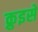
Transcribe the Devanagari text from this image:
क्रुइसे